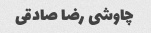
چاوشی رضا صادقی